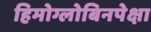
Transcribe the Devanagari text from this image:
हिमोग्लोबिनपेक्षा